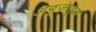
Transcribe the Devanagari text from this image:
अबुजाहून